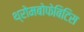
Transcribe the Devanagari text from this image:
थ्रोमबोफेबिटिस